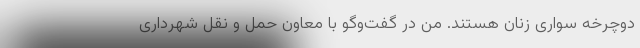
دوچرخه سواری زنان هستند. من در گفت‌وگو با معاون حمل و نقل شهرداری